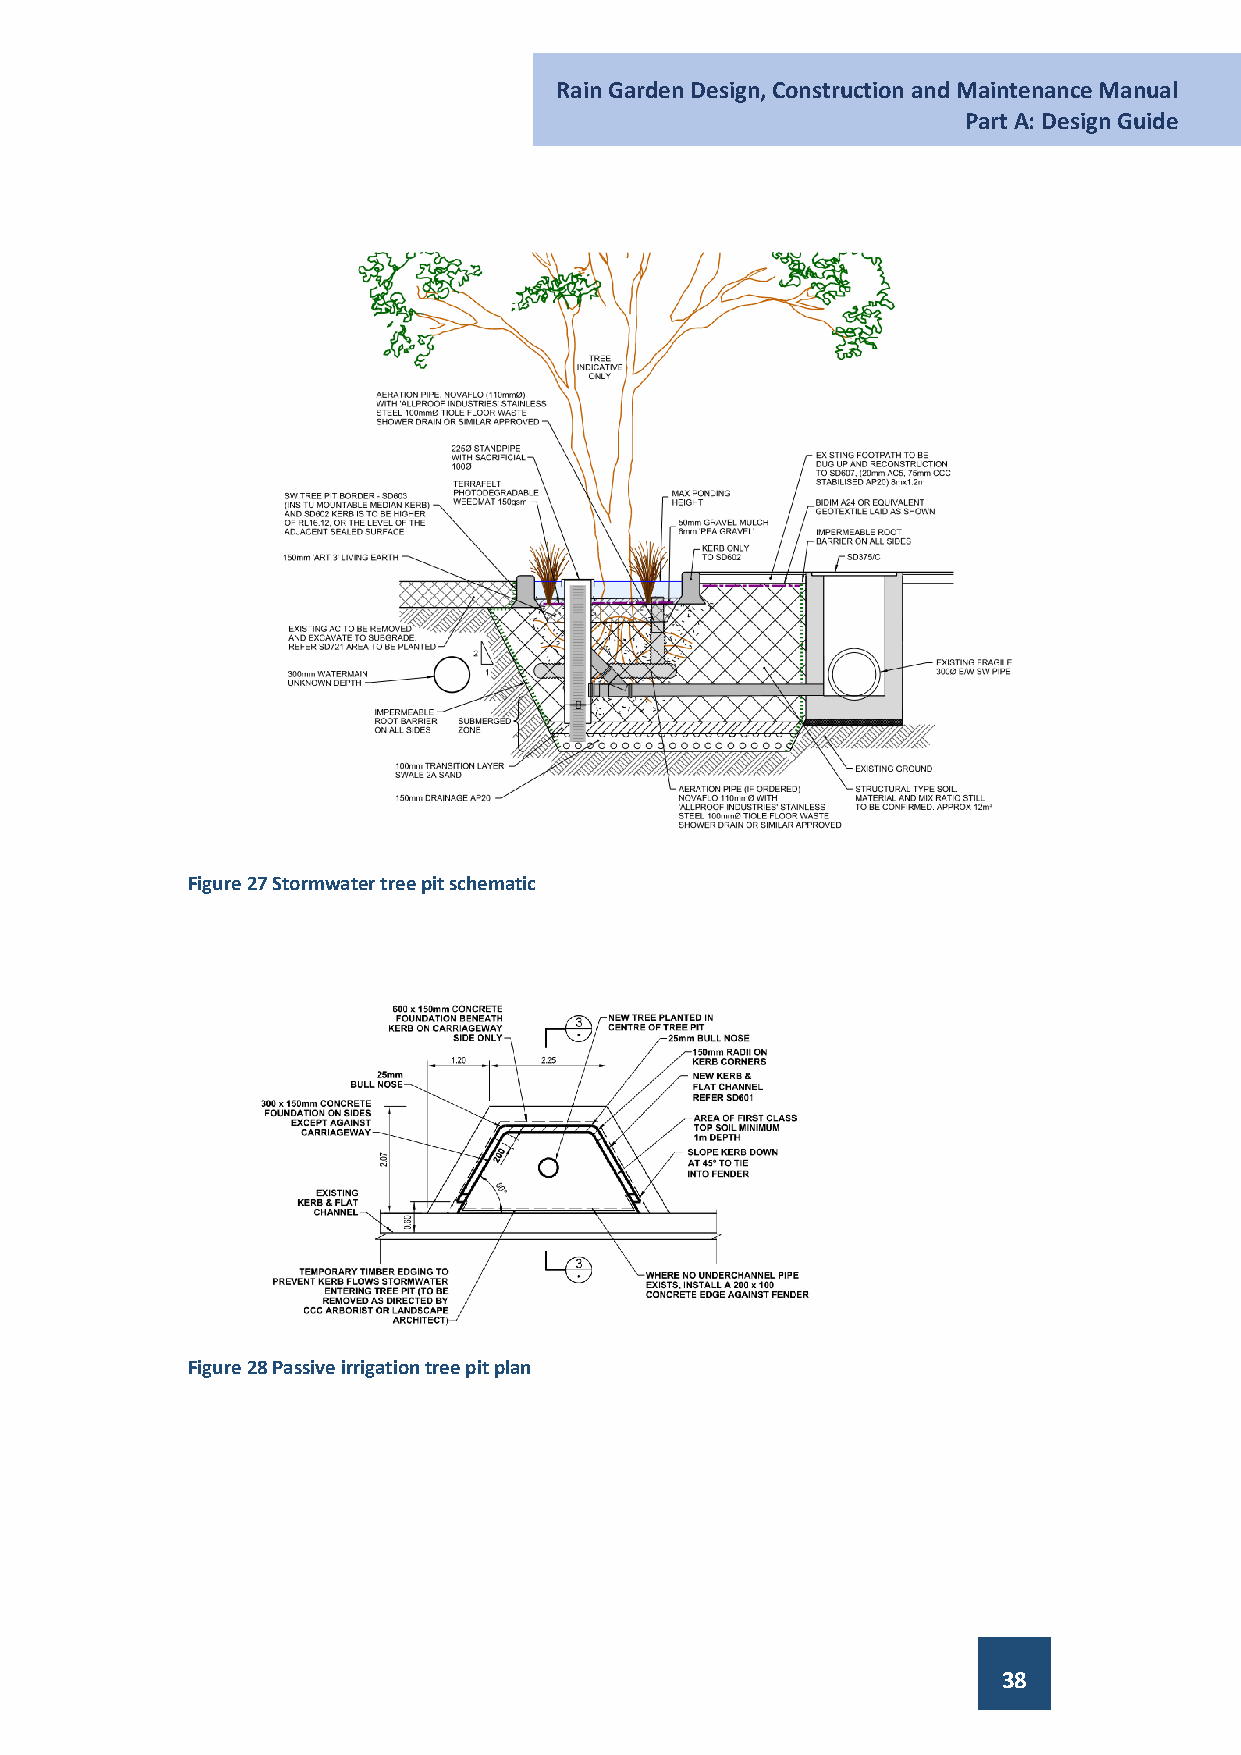
Rain Garden Design, Construction and Maintenance Manual
 Part A: Design Guide
 Figure 27 Stormwater tree pit schematic
 Figure 28 Passive irrigation tree pit plan
 38